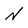
Character: N